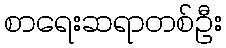
စာရေးဆရာတစ်ဦး